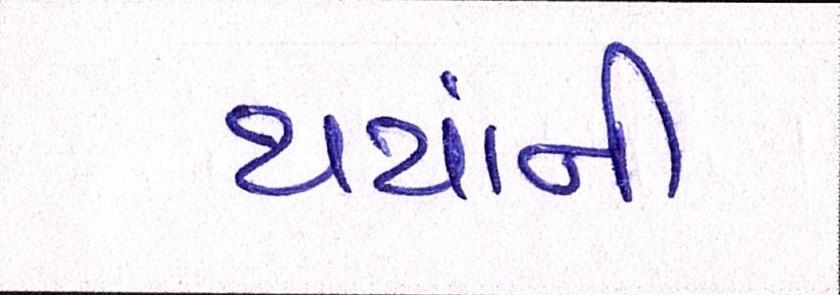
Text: થયાંની